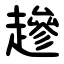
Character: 䟃